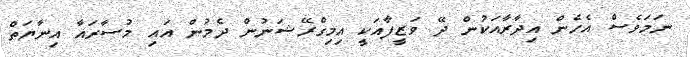
ނަމަވެސް އެހެން އިދާރާއަކުން ދޭ ވަޒީފާއަކީ އިމިގްރޭޝަނުން ދެމުން އައި މުސާރައާ އިނާޔަތް